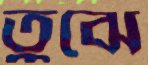
তুঝে